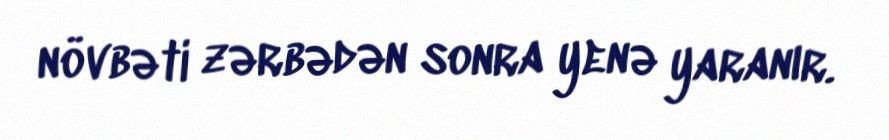
növbəti zərbədən sonra yenə yaranır.